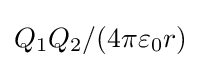
Q_{1}Q_{2}/(4\pi \varepsilon _{0}r)